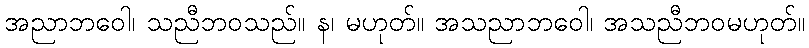
အညာဘဝေါ၊ သညီဘဝသည်။ န၊ မဟုတ်။ အသညာဘဝေါ၊ အသညီဘဝမဟုတ်။